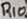
Text: R10